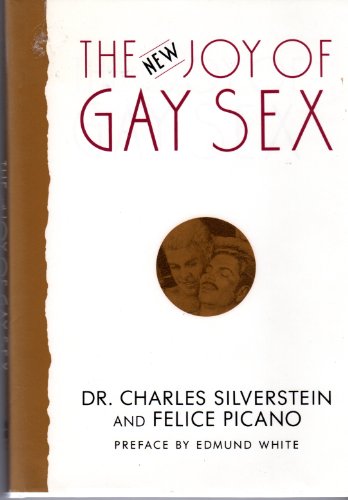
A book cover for The New Joy of Gay Sex; Charles Silverstein; Gay & Lesbian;